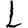
Digit: 1